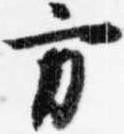
方